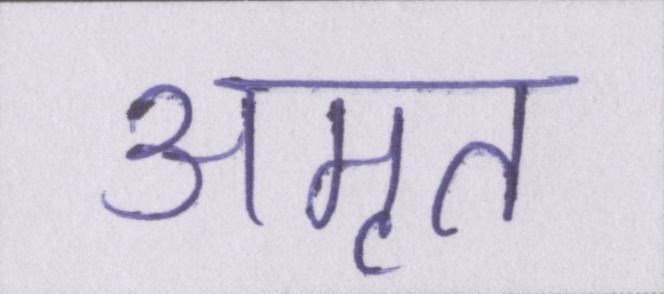
अमृत